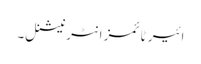
ائیر ٹائمز انٹرنیشنل۔